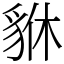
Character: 貅